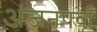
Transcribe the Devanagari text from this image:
अंजनपर्वा